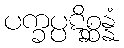
ပက္ခပ္ပဋိစ္ဆန္နံ